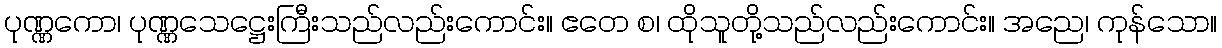
ပုဏ္ဏကော၊ ပုဏ္ဏသေဋ္ဌေးကြီးသည်လည်းကောင်း။ ဧတေ စ၊ ထိုသူတို့သည်လည်းကောင်း။ အညေ၊ ကုန်သော။